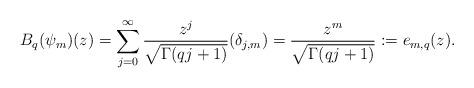
LaTeX: \begin{align*}B_q(\psi_m)(z)=\sum_{j=0}^{\infty}\frac{z^j}{\sqrt{\Gamma(qj+1)}}(\delta_{j,m})=\frac{z^m}{\sqrt{\Gamma(qj+1)}} := e_{m,q}(z). \end{align*}